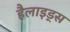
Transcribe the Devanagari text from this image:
हैलाइड्स